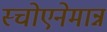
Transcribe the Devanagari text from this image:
स्चोएनेमान्न